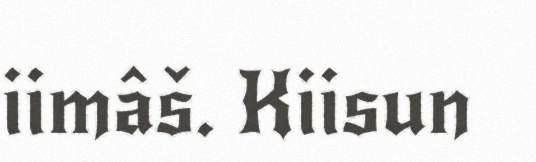
iimâš. Kiisun